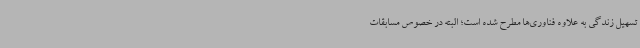
تسهیل زندگی به علاوه فناوری‌ها مطرح شده است؛ البته در خصوص مسابقات